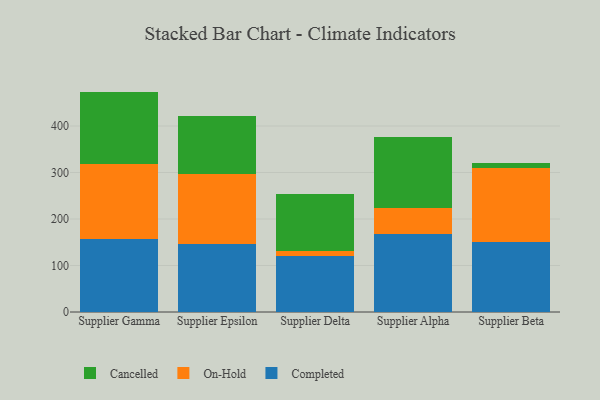
{"axis": {"x": "Supplier", "y": "Satisfaction Score"}, "legend": ["Cancelled", "Completed", "On-Hold"], "data": [{"x": "Supplier Gamma", "y": 157.7, "type": "Completed"}, {"x": "Supplier Gamma", "y": 160.5, "type": "On-Hold"}, {"x": "Supplier Gamma", "y": 155.8, "type": "Cancelled"}, {"x": "Supplier Epsilon", "y": 146.3, "type": "Completed"}, {"x": "Supplier Epsilon", "y": 151.3, "type": "On-Hold"}, {"x": "Supplier Epsilon", "y": 124.3, "type": "Cancelled"}, {"x": "Supplier Delta", "y": 119.6, "type": "Completed"}, {"x": "Supplier Delta", "y": 11.3, "type": "On-Hold"}, {"x": "Supplier Delta", "y": 123.9, "type": "Cancelled"}, {"x": "Supplier Alpha", "y": 167.3, "type": "Completed"}, {"x": "Supplier Alpha", "y": 55.6, "type": "On-Hold"}, {"x": "Supplier Alpha", "y": 153.2, "type": "Cancelled"}, {"x": "Supplier Beta", "y": 149.9, "type": "Completed"}, {"x": "Supplier Beta", "y": 160.3, "type": "On-Hold"}, {"x": "Supplier Beta", "y": 9.3, "type": "Cancelled"}]}